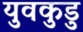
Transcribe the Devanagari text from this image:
युवकुडु